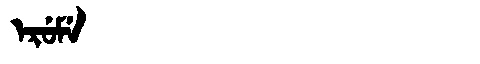
Manchu: ᡝᡵᡠᠮᡝ
Romanization: ERUME